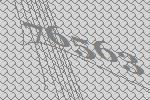
76563